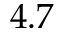
4 . 7